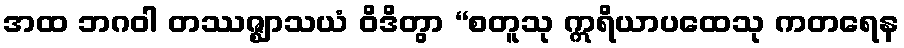
အထ ဘဂဝါ တဿဇ္ဈာသယံ ဝိဒိတွာ “စတူသု ဣရိယာပထေသု ကတရေန